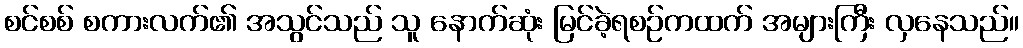
စင်စစ် စကားလက်၏ အသွင်သည် သူ နောက်ဆုံး မြင်ခဲ့ရစဉ်ကထက် အများကြီး လှနေသည်။